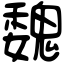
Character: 魏